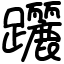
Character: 躧